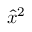
\hat { x } ^ { 2 }